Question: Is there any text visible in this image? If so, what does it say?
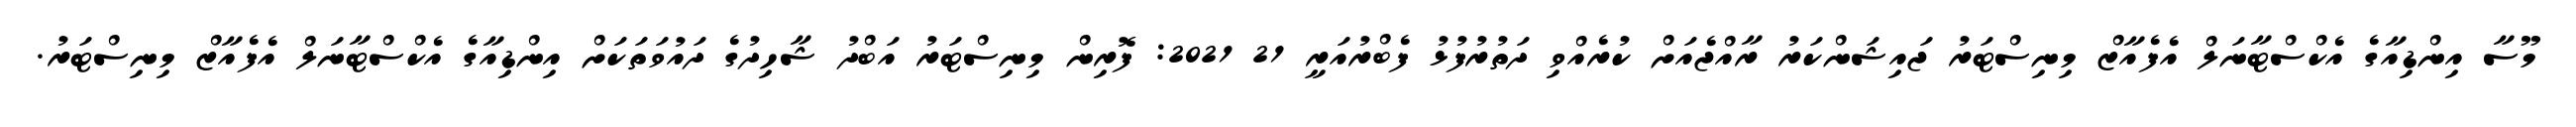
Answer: މޫސާ އިންޑިއާގެ އެކްސްޓާނަލް އެފެއާޒް މިނިސްޓަރު ޖައިޝަންކަރު ރާއްޖެއަށް ކުރެއްވި ދަތުރުފުޅު ފެބްރުއަރީ 21 2021: ފޮރިން މިނިސްޓަރު އަބްދު ޝާހިދުގެ ދައުވަތަކަށް އިންޑިއާގެ އެކްސްޓާނަލް އެފެއާޒް މިނިސްޓަރު.